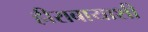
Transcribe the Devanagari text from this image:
हीराबायाशी